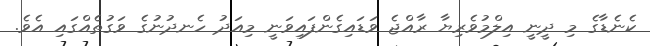
ކެނެޑާގެ މި ދީނީ އިލްމުވެރިޔާ ރާއްޖެ ވަޑައިގެންފައިވަނީ މިއަދު ހެނދުނުގެ ވަގުތެއްގައި އެވެ.